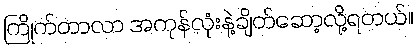
ကြိုက်တာလာ အကုန်လုံးနဲ့ချိတ်ဆော့လို့ရတယ်။